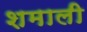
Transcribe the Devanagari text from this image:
शमाली